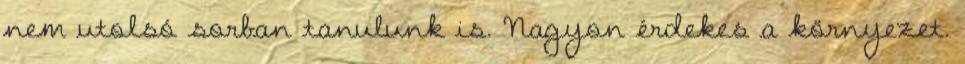
nem utolsó sorban tanulunk is. Nagyon érdekes a környezet.